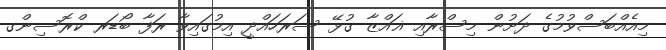
މިއެއްބަސްވުމުގެ ދަށުން މިސްރާއި ޣައްޒާ ގުޅޭ ސަރަހައްދީ އިމުގައިވާ ރަފާ ބޯޑަރ ކްރޮސިންގ